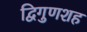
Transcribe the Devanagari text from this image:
द्विगुणशह